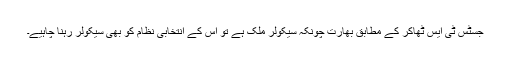
جسٹس ٹی ایس ٹھاکر کے مطابق بھارت چونکہ سیکولر ملک ہے تو اس کے انتخابی نظام کو بھی سیکولر رہنا چاہیے۔